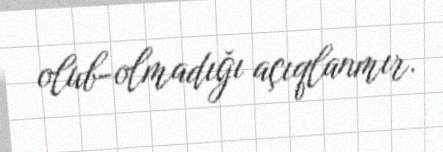
olub-olmadığı açıqlanmır.